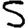
Digit: 5